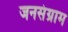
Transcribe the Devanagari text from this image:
जनसंग्राम